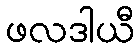
ဖလဒါယီ